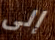
إلى